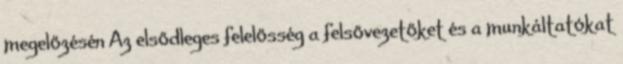
megelőzésén Az elsődleges felelősség a felsővezetőket és a munkáltatókat